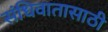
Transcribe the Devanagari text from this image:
संधिवातासाठी